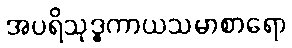
အပရိသုဒ္ဓကာယသမာစာရော